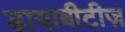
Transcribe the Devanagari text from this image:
डायाबीटीज़